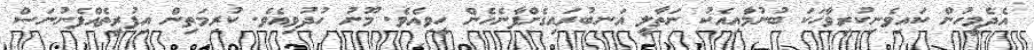
އެދެމީހުން ކައިވެނިކުރިވާހަކަ ބުނުމާއިއެކު ނަތާލީ އަނބުރައިގެންފާނެހެން ހީވިއެވެ. މޫނު ހުދުވިއެވެ. ކުރިމަތިން އިފުރީތެއްފެނުނަސް